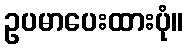
ဥပမာပေးထားပုံ။